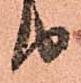
り